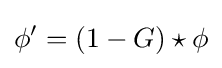
\phi ^{\prime }=\left(1-G\right)\star \phi